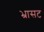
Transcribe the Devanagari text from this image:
भ्रासट